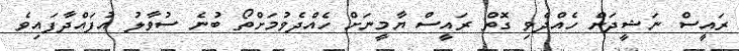
ރައީސް ނަޝީދަށް ހެއްދެވި ގޮތް ރައީސް ޔާމީނަށް ހެއްދެވުމަށްތޯ ބުނެ ސުވާލު އުފައްދާފައިވެ